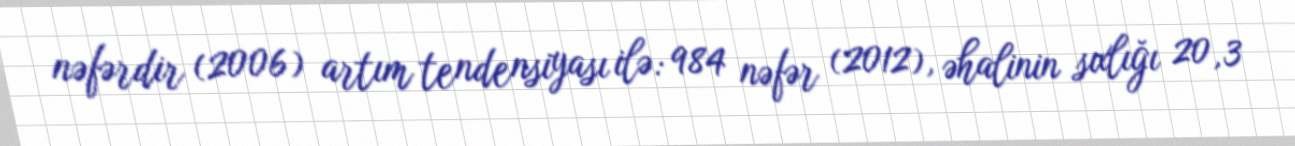
nəfərdir (2006) artım tendensiyası ilə: 984 nəfər (2012), əhalinin sıxlığı 20,3